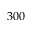
3 0 0